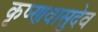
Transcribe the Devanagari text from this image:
कृष्णवासुदेव